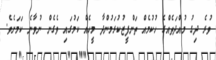
ވުރެ ދިގު މުއްދަތެއްގެ ހުކުމެއް ތަންފީޒުކުރަމުންދާ މީހެއް ކަމުގައި ވެގެން ނުވާނެ ކަމަށެވެ.